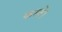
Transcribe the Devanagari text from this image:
करतें।